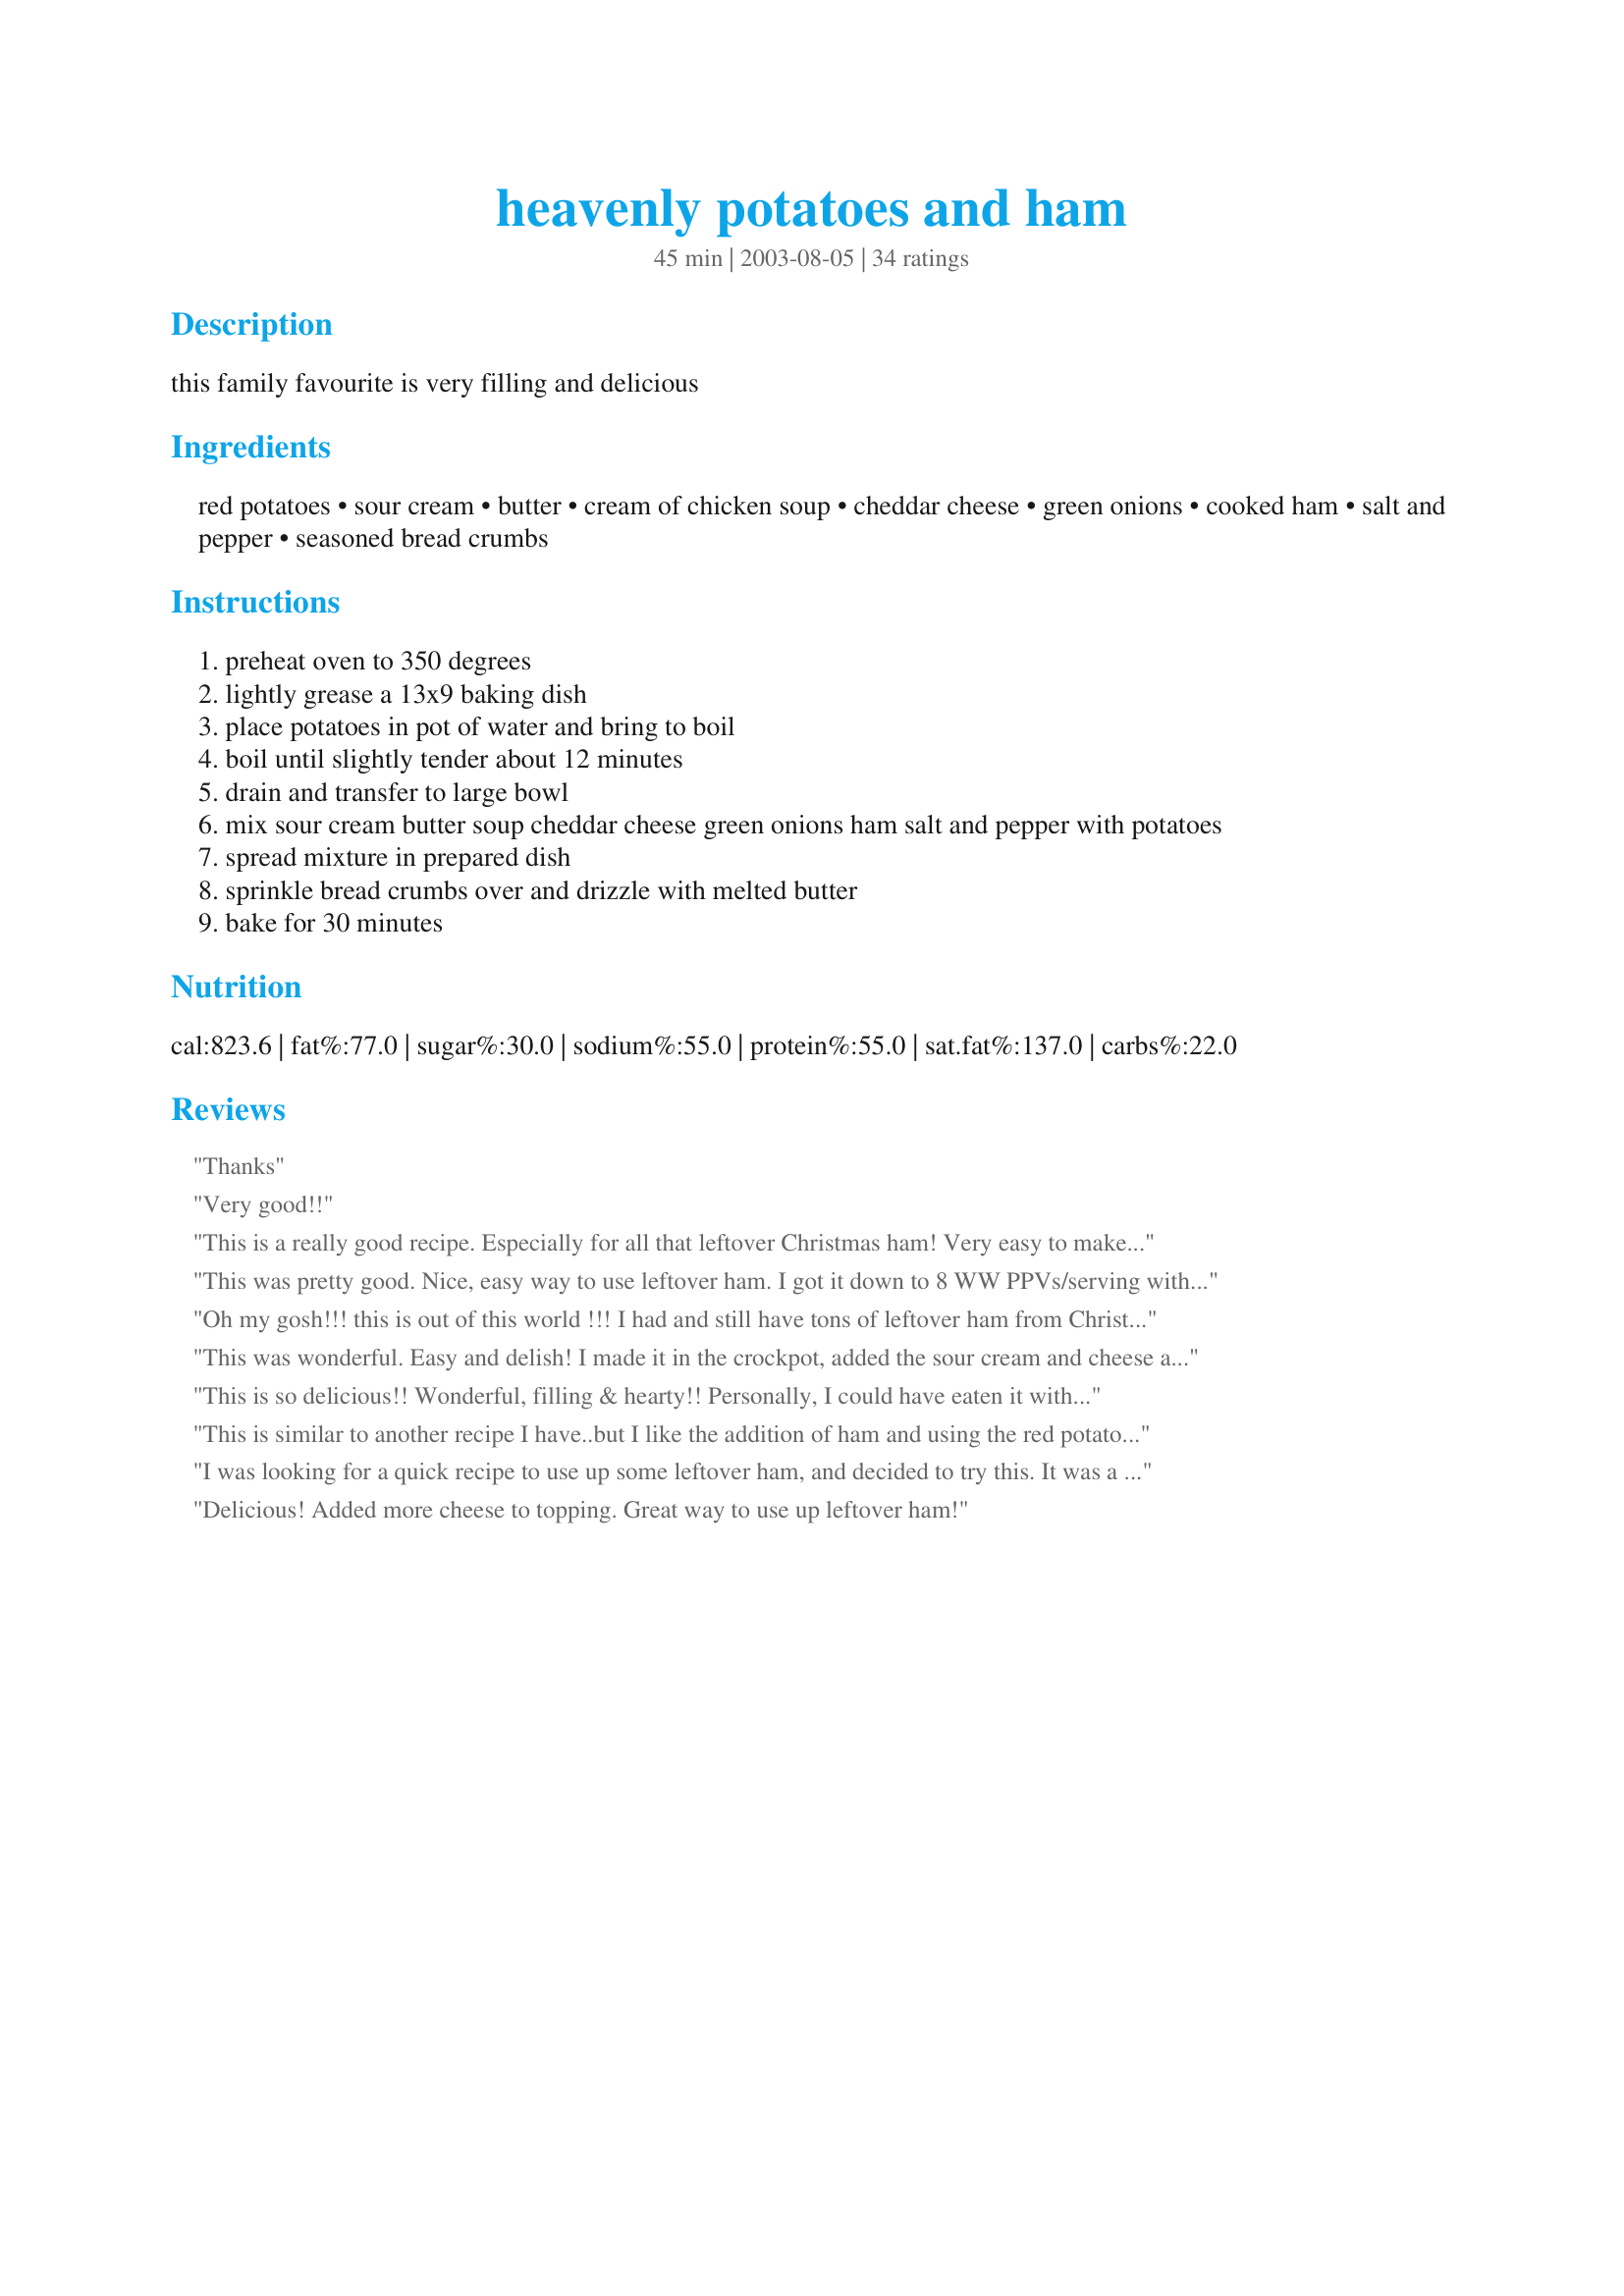
heavenly potatoes and ham
Preparation time: 45 minutes

this family favourite is very filling and delicious

Ingredients:
red potatoes, sour cream, butter, cream of chicken soup, cheddar cheese, green onions, cooked ham, salt and pepper, seasoned bread crumbs

Steps:
preheat oven to 350 degrees
lightly grease a 13x9 baking dish
place potatoes in pot of water and bring to boil
boil until slightly tender about 12 minutes
drain and transfer to large bowl
mix sour cream butter soup cheddar cheese green onions ham salt and pepper with potatoes
spread mixture in prepared dish
sprinkle bread crumbs over and drizzle with melted butter
bake for 30 minutes

Reviews:
Thanks
Very good!!
This is a really good recipe. Especially for all that leftover Christmas ham! Very easy to make and tasted great! Thanks for sharing.
This was pretty good. Nice, easy way to use leftover ham. I got it down to 8 WW PPVs/serving with the following changes:<br/><br/>6 servings instead of 4 (which was PLENTY), L/F Greek yogurt instead of sour cream, no bread crumb/melted butter topping.
Oh my gosh!!! this is out of this world !!! I had and still have tons of leftover ham from Christmas so I decided today to make something with it. The only change I made was leaving out the green onions. I cannot eat onions but let me tell you I will make this again. Scrumptious!!!!
This was wonderful. Easy and delish! I made it in the crockpot, added the sour cream and cheese and breadcrumbs the last half hour and it turned out great. Thank you for a keeper for my recipe file!
This is so delicious!! Wonderful, filling & hearty!! Personally, I could have eaten it without the ham & hubby thought I should have put more ham in, so it was a good compromise for us. To make this a little healthier, I used fat free sour cream, fat free ham and low fat cream of chicken soup & it was still very, very rich. Next time I'll leave off the bread crumbs as I didn't really like them. I also just omitted the green onions as a personal preference.
This is similar to another recipe I have..but I like the addition of ham and using the red potatoes makes it really different. Thanks fluffy...I am definitely going to have to make this again!
I was looking for a quick recipe to use up some leftover ham, and decided to try this. It was a delicious, easy to prepare, recipe! The only change I made was to use the whole can of cream of chicken soup and just regular potatoes, since I didn't have any red ones on hand. The extra soup gave the dish a little more of the delicious sauce! I'll certainly be making shis again! Thanks for sharing!
Delicious! Added more cheese to topping. Great way to use up leftover ham!
Absolutely Fab!!! I had to use frozen hash browns as thats all there was, came out beautifully. DH loved it wants it often.
This was very good! I followed directions exactly. It was such a quick and easy dish to prepare... and I was so "quick" to prepare it that I "easily" forgot about the butter I melted to drizzle over the breadcrumbs, which I found about 7 hours later still in the microwave! But is was good anyway and I will try to remember the butter next time!
I made this for dinner last night and it was delicious! I used light sour cream and fat free cheese. I also didn't add the bread crumbs and melted butter to the top (trying to make it a little healthier). I don't think the dish suffered at all. My husband really like it too, and took some of the left-overs to work for lunch today. Thanks for posting!
My boyfriend loved this - he thought it tasted almost like a potato soup that I make. An excellent way to use leftover ham.
Wow, one of our favorites. I used light sour cream to help keep the fat content down. Couldn't tell the difference!
This is a family favorite. I use russet potatoes, and I don't do the bread crumbs and melted butter on top. I always have a ham steak on hand, so is easy to whip up.
This is good I will definately make it again. I added some fresh asparagus that needed to be used up and it came out perfect.
I made this to a T except for the green onion, I cant get it here so I just used regular. This was the very third casserole my family liked, and thats saying something.. Ive made tons of casseroles! The taste of this brings to mind cheesy scalloped potatoes, it was great! Thanks so much for sharing.. this is going on the list for after christmas dinners!
Amazing. I used a can of soup, probably added more cheese and ham than called for (guesstimated it) and skipped the green onions and the topping. My husband ate two servings, and asked me to make the same thing for tomorrow night's dinner! That is a first. I did find that the potatoes were not fully tender -- next time I'll cut them smaller before parboiling, and maybe boil for another minute or two. This was a simply outstanding dinner! Thank you, Fluffy! **Update** This is DEMANDED anytime we have ham leftovers -- and, I've been asked to bake a ham (several times) just for the purpose of making ham leftovers! My family doesn't even LIKE ham! Absolutely delicious, and forgiving, as I've often made mistakes with the sauce, but it's always perfect anyway!
I made this to use up leftover spiral ham. OMG...it was wonderful. DH and I were practically licking our plates! The spiral ham gave it a smokiness and the green onions did add flavor...I could taste them. The only question I have is.....4 servings! This made more like 6 -8! But, that is not a bad thing. Thanks so much for sharing, we will be making this again.
This is a great one-dish meal! In the morning, after boiling the potatoes, I assembled the dish and put it in the refrigerator. At supper time, I just popped it in the oven. Since the dish was well-chilled from the refrigerator, it took about 60 to thoroughly heat up. Great meal, Fluffy. Thank you so much. :-)

I enjoyed the creaminess of this dish and the flavor was good...I just wish it'd been a little stronger. I left out the onions because I didn't have any and the breadcrumbs because we don't care for those on casseroles, but I don't think its those flavors that we missing for me, so I feel comfortable reviewing this recipe anyway. I did like this though, and it went over pretty well with my family.
My family and I really enjoyed this dish. The best part about this dish was that I had all the ingrediants on hand and it was very delicious. I used Yukon Gold potatoes. That was the only difference I made. The dish was also very easy to make. I will definately make this dish again. Thanks :)
Great fast way to have ham and scalloped potatoes without all the time preparing....a nice alternative to the regular way when you are pressed for time.
We absolutely LOVE this!! My only change is I add more ham (about 1/2 c. for us) and I use unsalted butter and little to no added salt because the ham we get tends to be salty. Also I leave off the topping to cut calories. Thanks for the very tasty new family favorite!
Great comfort food!!! I had a 3lb bag of salad potatoes, so I used about 12 ounces of sour cream (what I had leftover from another recipe), 1 whole can of cream of chicken soup, 1 whole can of cream of celery soup (great flavor), closer to 2 cups of chopped ham, and closer to 1.5 cups of good ol' WI cheddar. I omitted the onions (DH preference) and bread crumbs and didn't need any s&p. Awesome! Will definitely make again. Thanks, Fluffy!
This was very good, I had a little problem getting the potatoes done and I did par boil them, other than that this was good.
The sauce was fantastic! somehow came out with a little zing to it and I am not sure how. I will for sure make this again, it was easy and a family pleaser. Thanks for sharing.
Very good recipe!I did make a couple changes.I used seet onion instead of the green onions,didn't have any green.I used the whole can of soup,didn't have a use for a 1/2 can of leftover soup.
I didn't have the parmesan seasoned bread crumbs so I used more cheddar cheese for the toping.
This is a dish I will make again.
Thanks for sharing:0)
A very hearty meal! I added 1 Tbsp. prepared mustard to the sour cream and cr. of chicken soup mixture and included 10 oz. froz. corn, also used potatoes I had on hand, which weren't the reds.
Thank You Fluffy for a very satisfying dinner!
These were some of the best scalloped potatoes and ham I've ever made. I sliced my potatoes instead of quartering and boiling them. I just added the raw potatoes with the dressing to a buttered casserole dish. I also used about 1/4 cup (5 large) green onions and some colby-jack I had left over from the other night. You may need to add a little milk to the dressing, I used about 1/8 cup.
I had to use up some ham so this is the recipe I used. I would increase the ham, add some garlic powder or onion powder. I love bread crumbs on top so I would increase this as well. This was ok.
Very tasty, easy-to-make dinner casserole! I increased both ham and cheese to 1 1/2 cups each and used 1/4 cup chopped fresh green onions. Did not add any salt as ham and cream of chicken soup provided plenty. Delicious recipe--thanks!
One word comes to mind, divine! Thanks for posting.
My family and I enjoyed this very much. I made it with low fat sour cream and fat free cream of chicken and it turned out rich and creamy and delicious. I highly recommend every one to try this fantastic recipe. Thank you for posting and God Bless You.
